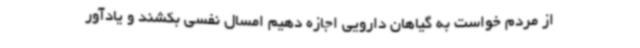
از مردم خواست به گیاهان دارویی اجازه دهیم امسال نفسی بکشند و یادآور